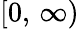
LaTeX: [0,\, \infty)